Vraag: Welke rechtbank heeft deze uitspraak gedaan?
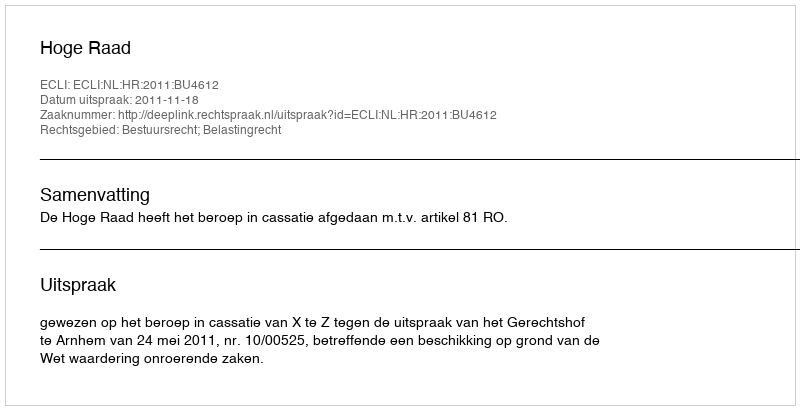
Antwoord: Hoge Raad